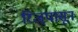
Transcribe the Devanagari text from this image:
रिज्‌पासून